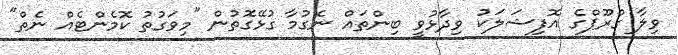
ވިލާ ގްރޫޕްގެ އޮފިޝަލަކު ވިދާޅުވީ ބިންތައް ނެގުމާ ގުޅޭގޮތުން "މިވަގުތު ކޮމެންޓެއް ނެތް"